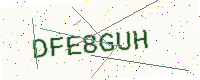
Text: DFE8GUH